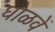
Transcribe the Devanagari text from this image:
घोळवें